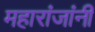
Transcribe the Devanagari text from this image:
महारांजांनी